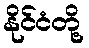
နိုင်ငံတို့